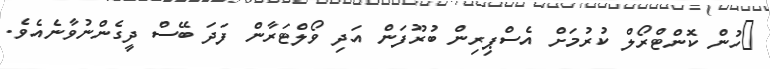
ހުން ކޮންޓްރޯލް ކުރުމަށް އެސްޕިރިން ބުރޫފަން އަދި ވޯލްޓަރާން ފަދަ ބޭސް ދީގެންނުވާނެއެވެ.